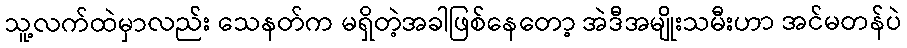
သူ့လက်ထဲမှာလည်း သေနတ်က မရှိတဲ့အခါဖြစ်နေတော့ အဲဒီအမျိုးသမီးဟာ အင်မတန်ပဲ